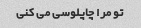
تو مرا چاپلوسی می کنی